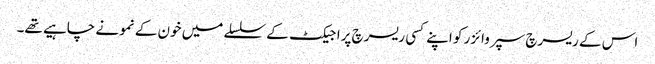
اس کے ریسرچ سپروائزر کو اپنے کسی ریسرچ پراجیکٹ کے سلسلے میں خون کے نمونے چاہیے تھے۔